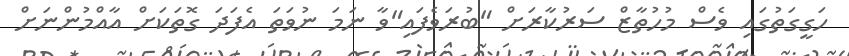
ހަގީގަތުގައި ވެސް މުހުތާޒް ސަރުކާރަށް "ބުރަވެފައި"ވާ ނަމަ ނުވަތަ އެފަދަ ގޮތަކަށް އާއްމުންނަށް